Papers set at the Examination for Leaving Certificates, 1895
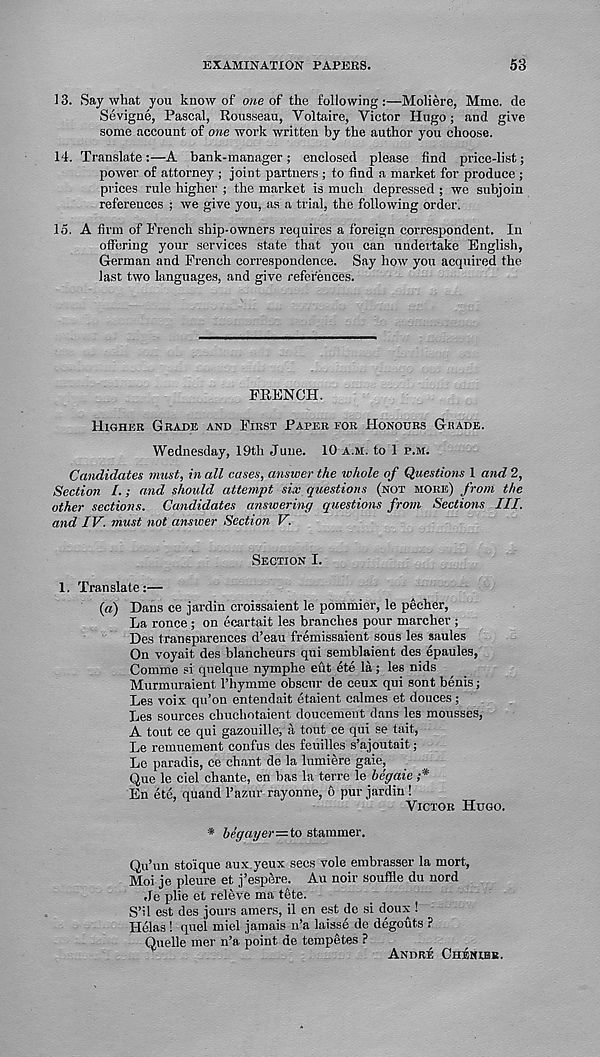
EXAMINATION PAPERS.
53
13. Say what you know of one of the following :—Moliere, Mme. de
Sevigne, Pascal, Rousseau, Voltaire, Victor Hugo; and give
some account of one work written by the author you choose.
14. Translate:—A bank-manager; enclosed please find price-list;
power of attorney ; joint partners ; to find a market for produce ;
prices rule higher ; the market is much depressed ; we subjoin
references ; we give you, as a trial, the following order.
15. A firm of French ship-owners requires a foreign correspondent. In
offering your services state that you can undertake English,
German and French correspondence. Say how you acquired the
last two languages, and give references.
FRENCH.
Higher Grade and First Paper for Honours Grade.
Wednesday, 19th June. 10 a.m. to 1 p.m.
Candidates must, in all cases, answer the whole of Questions 1 and 2,
Section /.; and should attempt six questions (not more) from the
other sections. Candidates answering questions from Sectio?is III.
and IV. must not answer Section V.
Section I.
1. Translate:—
(a) Dans ce jardin croissaient le pommier, le pecher,
La ronce ; on ecartait les branches pour marcher ;
Des transparences d’eau fremissaient sous les saules
On voyait des blancheurs qui semblaient des epaules,
Comme si quelque nymphe eut ete la; les nids
Murmuraient Thymine obscur de ceux qui sont benis;
Les voix qu’on entendait etaient calmes et donees ;
Les sources chuchotaient doucement dans les mousses,
A tout ce qui gazouille, a tout ce qui se tait,
Le remuement confus des feuilles s’ajoutait;
Le paradis, ce chant de la lumiere gaie,
Que le ciel chante, en has la terre \e begaie ;*
En etc, quand Tazur rayonne, 6 pur jardin !
Victor Hugo.
* hegayer—to stammer.
Qu’un sto'ique aux yeux secs vole embrasser la mort,
Moi je pleure et j’espere. Au noir souffle du nord
Je plie et releve ma tete.
S’il est des jours amers, il en est de si doux !
Helas! quel miel jamais n’a laisse de degouts ?
Quelle mer n’a point de tempetes ?
AndrIs Chenibr.